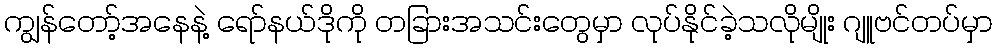
ကျွန်တော့်အနေနဲ့ ရော်နယ်ဒိုကို တခြားအသင်းတွေမှာ လုပ်နိုင်ခဲ့သလိုမျိုး ဂျူဗင်တပ်မှာ